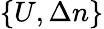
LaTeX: \{ U,\Delta n\}